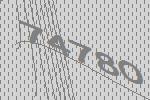
74780